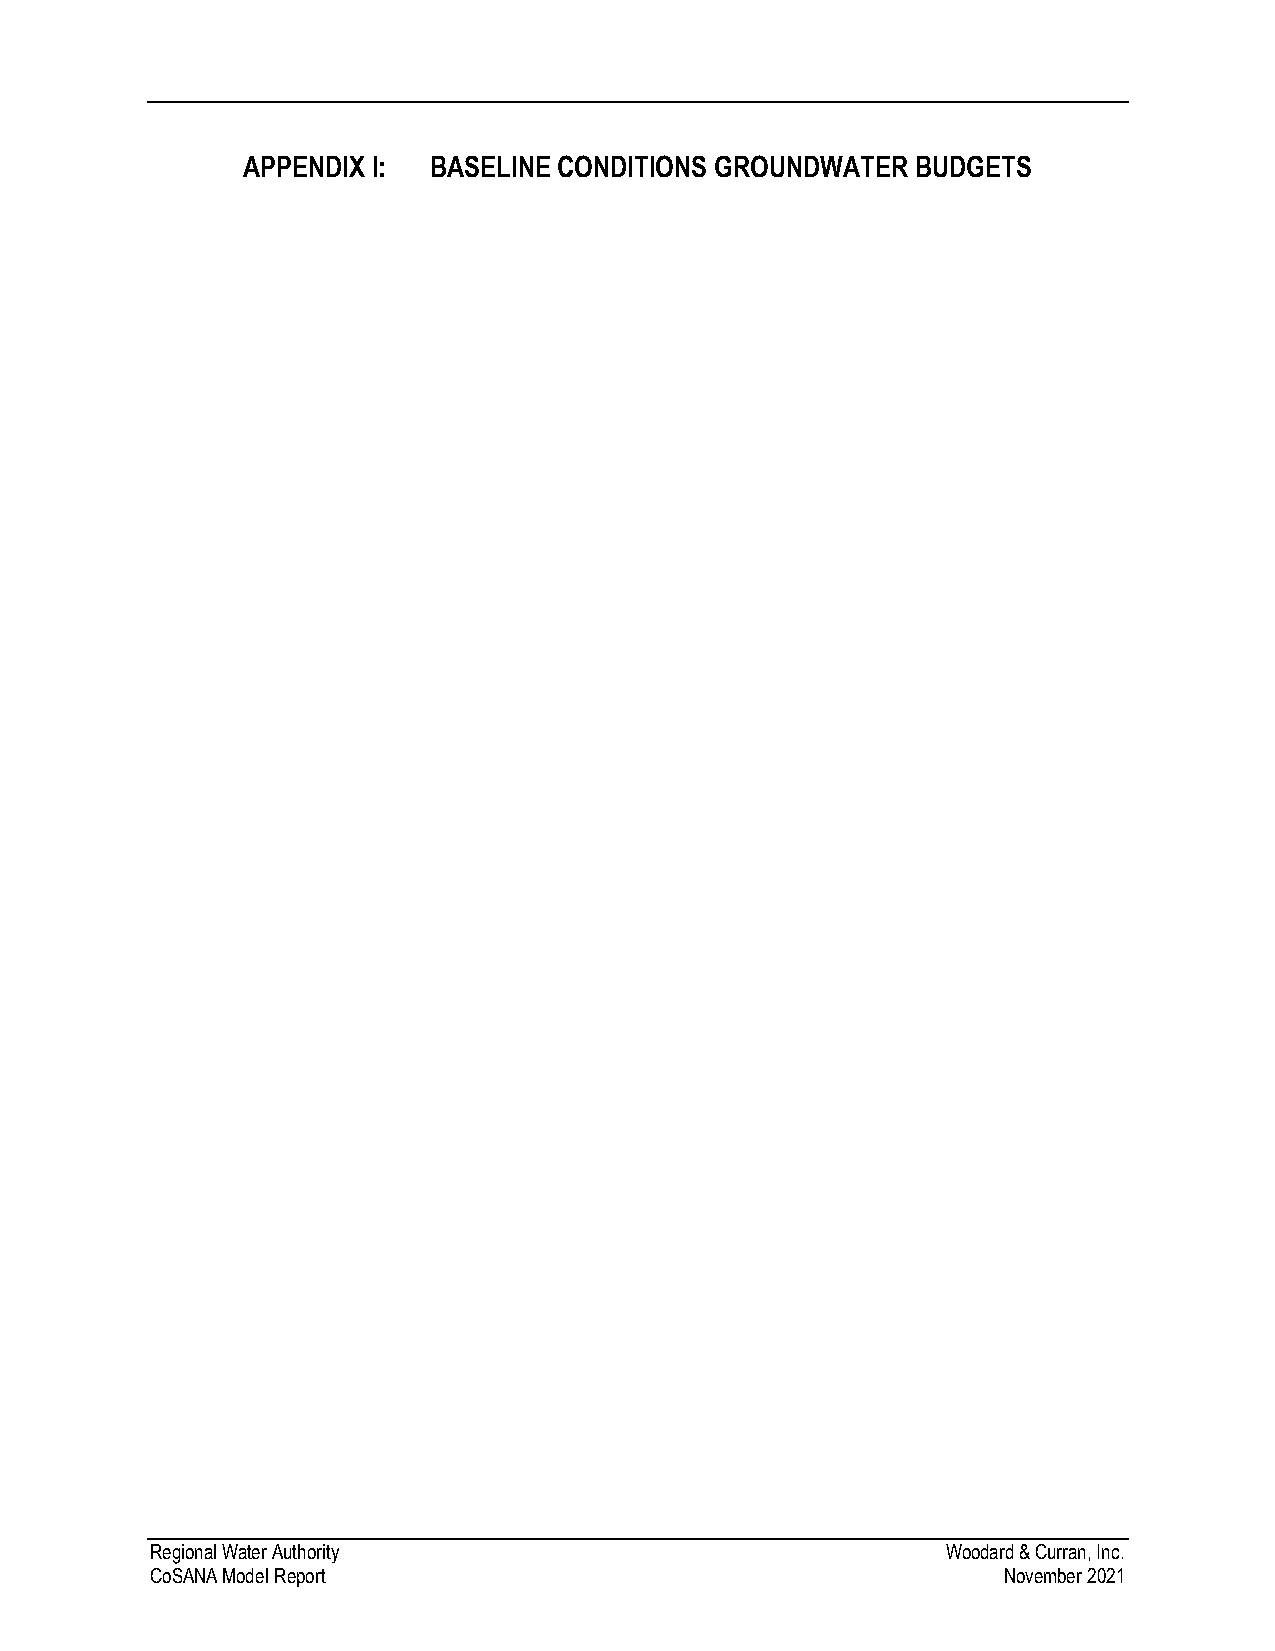
APPENDIX I: BASELINE CONDITIONS GROUNDWATER  BUDGETS
 Regional Water Authority                             Woodard & Curran, Inc.
 CoSANA Model Report                                     November 2021